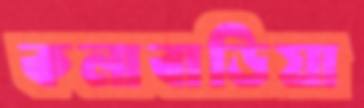
কলাবাড়িয়া